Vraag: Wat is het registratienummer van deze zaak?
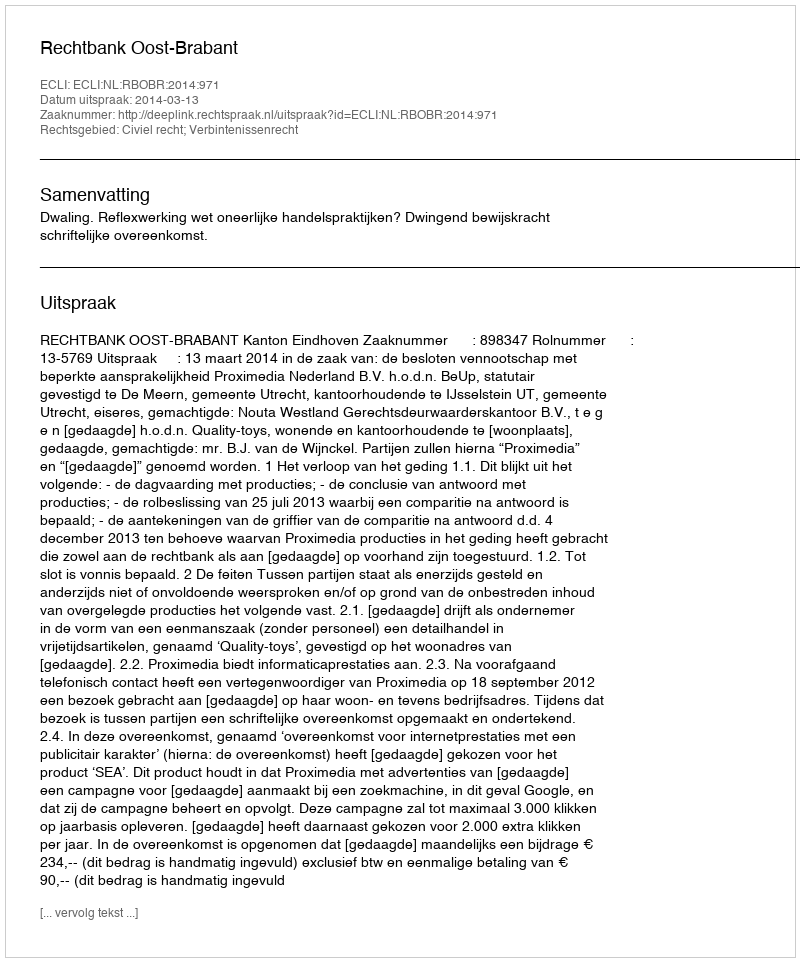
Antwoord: http://deeplink.rechtspraak.nl/uitspraak?id=ECLI:NL:RBOBR:2014:971